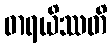
ဓာရယိဿတိ